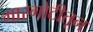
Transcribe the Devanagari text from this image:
गारगोटीतून